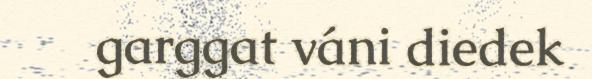
garggat váni diedek